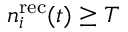
n _ { i } ^ { \mathrm { r e c } } ( t ) \geq T